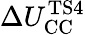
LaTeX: \Delta U_{\mathrm{CC}}^{\mathrm{TS4}}